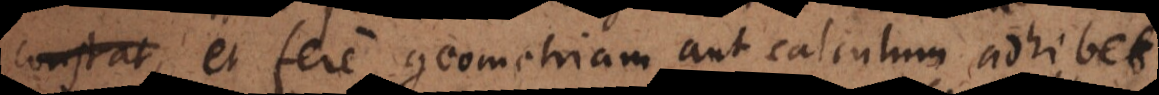
et fere geometriam aut calculum adhib